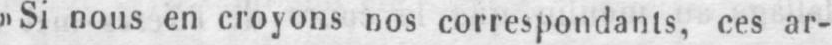
»Si nous en croyons nos correspondants, ces ar-